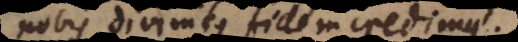
nobis divinitus fidem credimus.